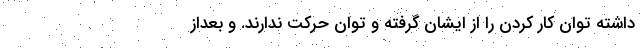
داشته توان کار کردن را از ایشان گرفته و توان حرکت ندارند. و بعداز